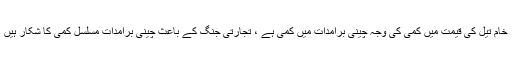
خام تیل کی قیمت میں کمی کی وجہ چینی برآمدات میں کمی ہے ، تجارتی جنگ کے باعث چینی برآمدات مسلسل کمی کا شکار ہیں